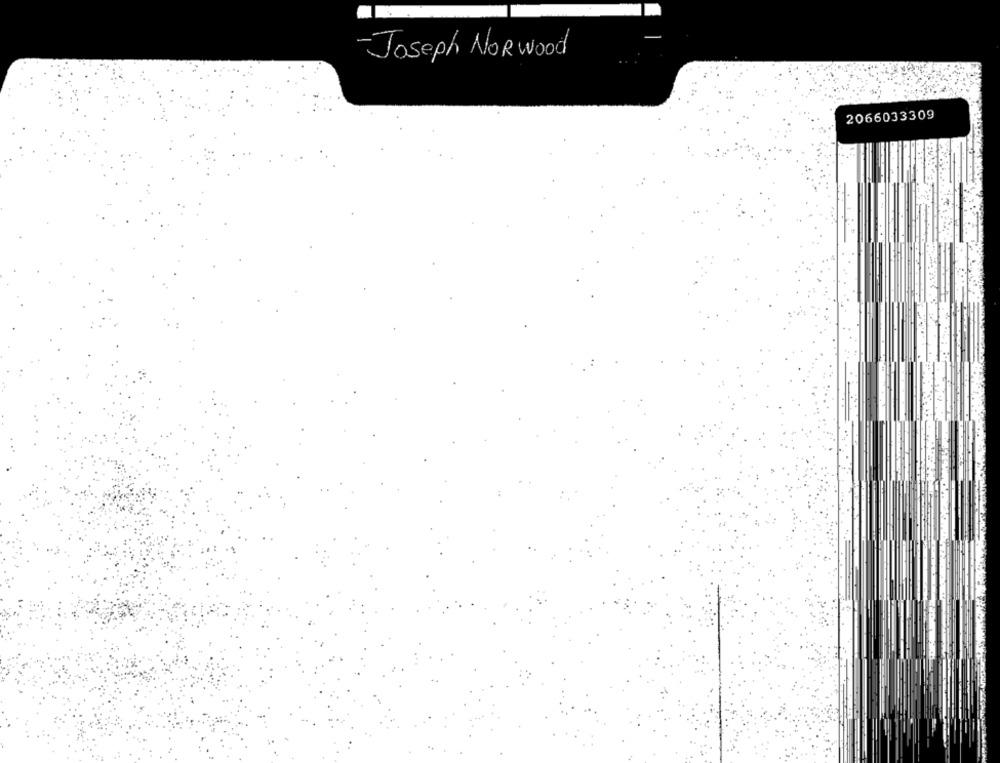
-Joseph Norwood
2066033309